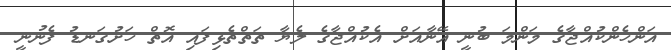
އަންހެންކުއްޖާގެ މަންމަ ބުނީ އޭނާއަށް އެކުއްޖާގެ ލެޔާ ތަތްތެޅިފައި އޮތް ހަށުގަނޑު ފެނުނީ